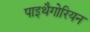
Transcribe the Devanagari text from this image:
पाइथैगोरियन